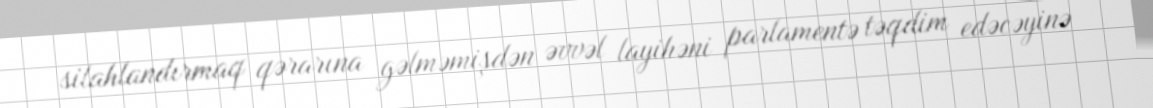
silahlandırmaq qərarına gəlməmişdən əvvəl layihəni parlamentə təqdim edəcəyinə